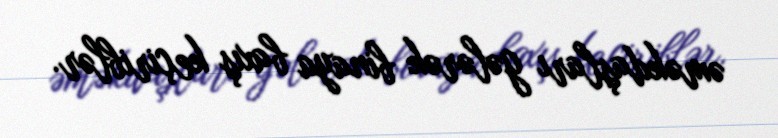
əməkdaşları gələrək binaya baxış keçiriblər.